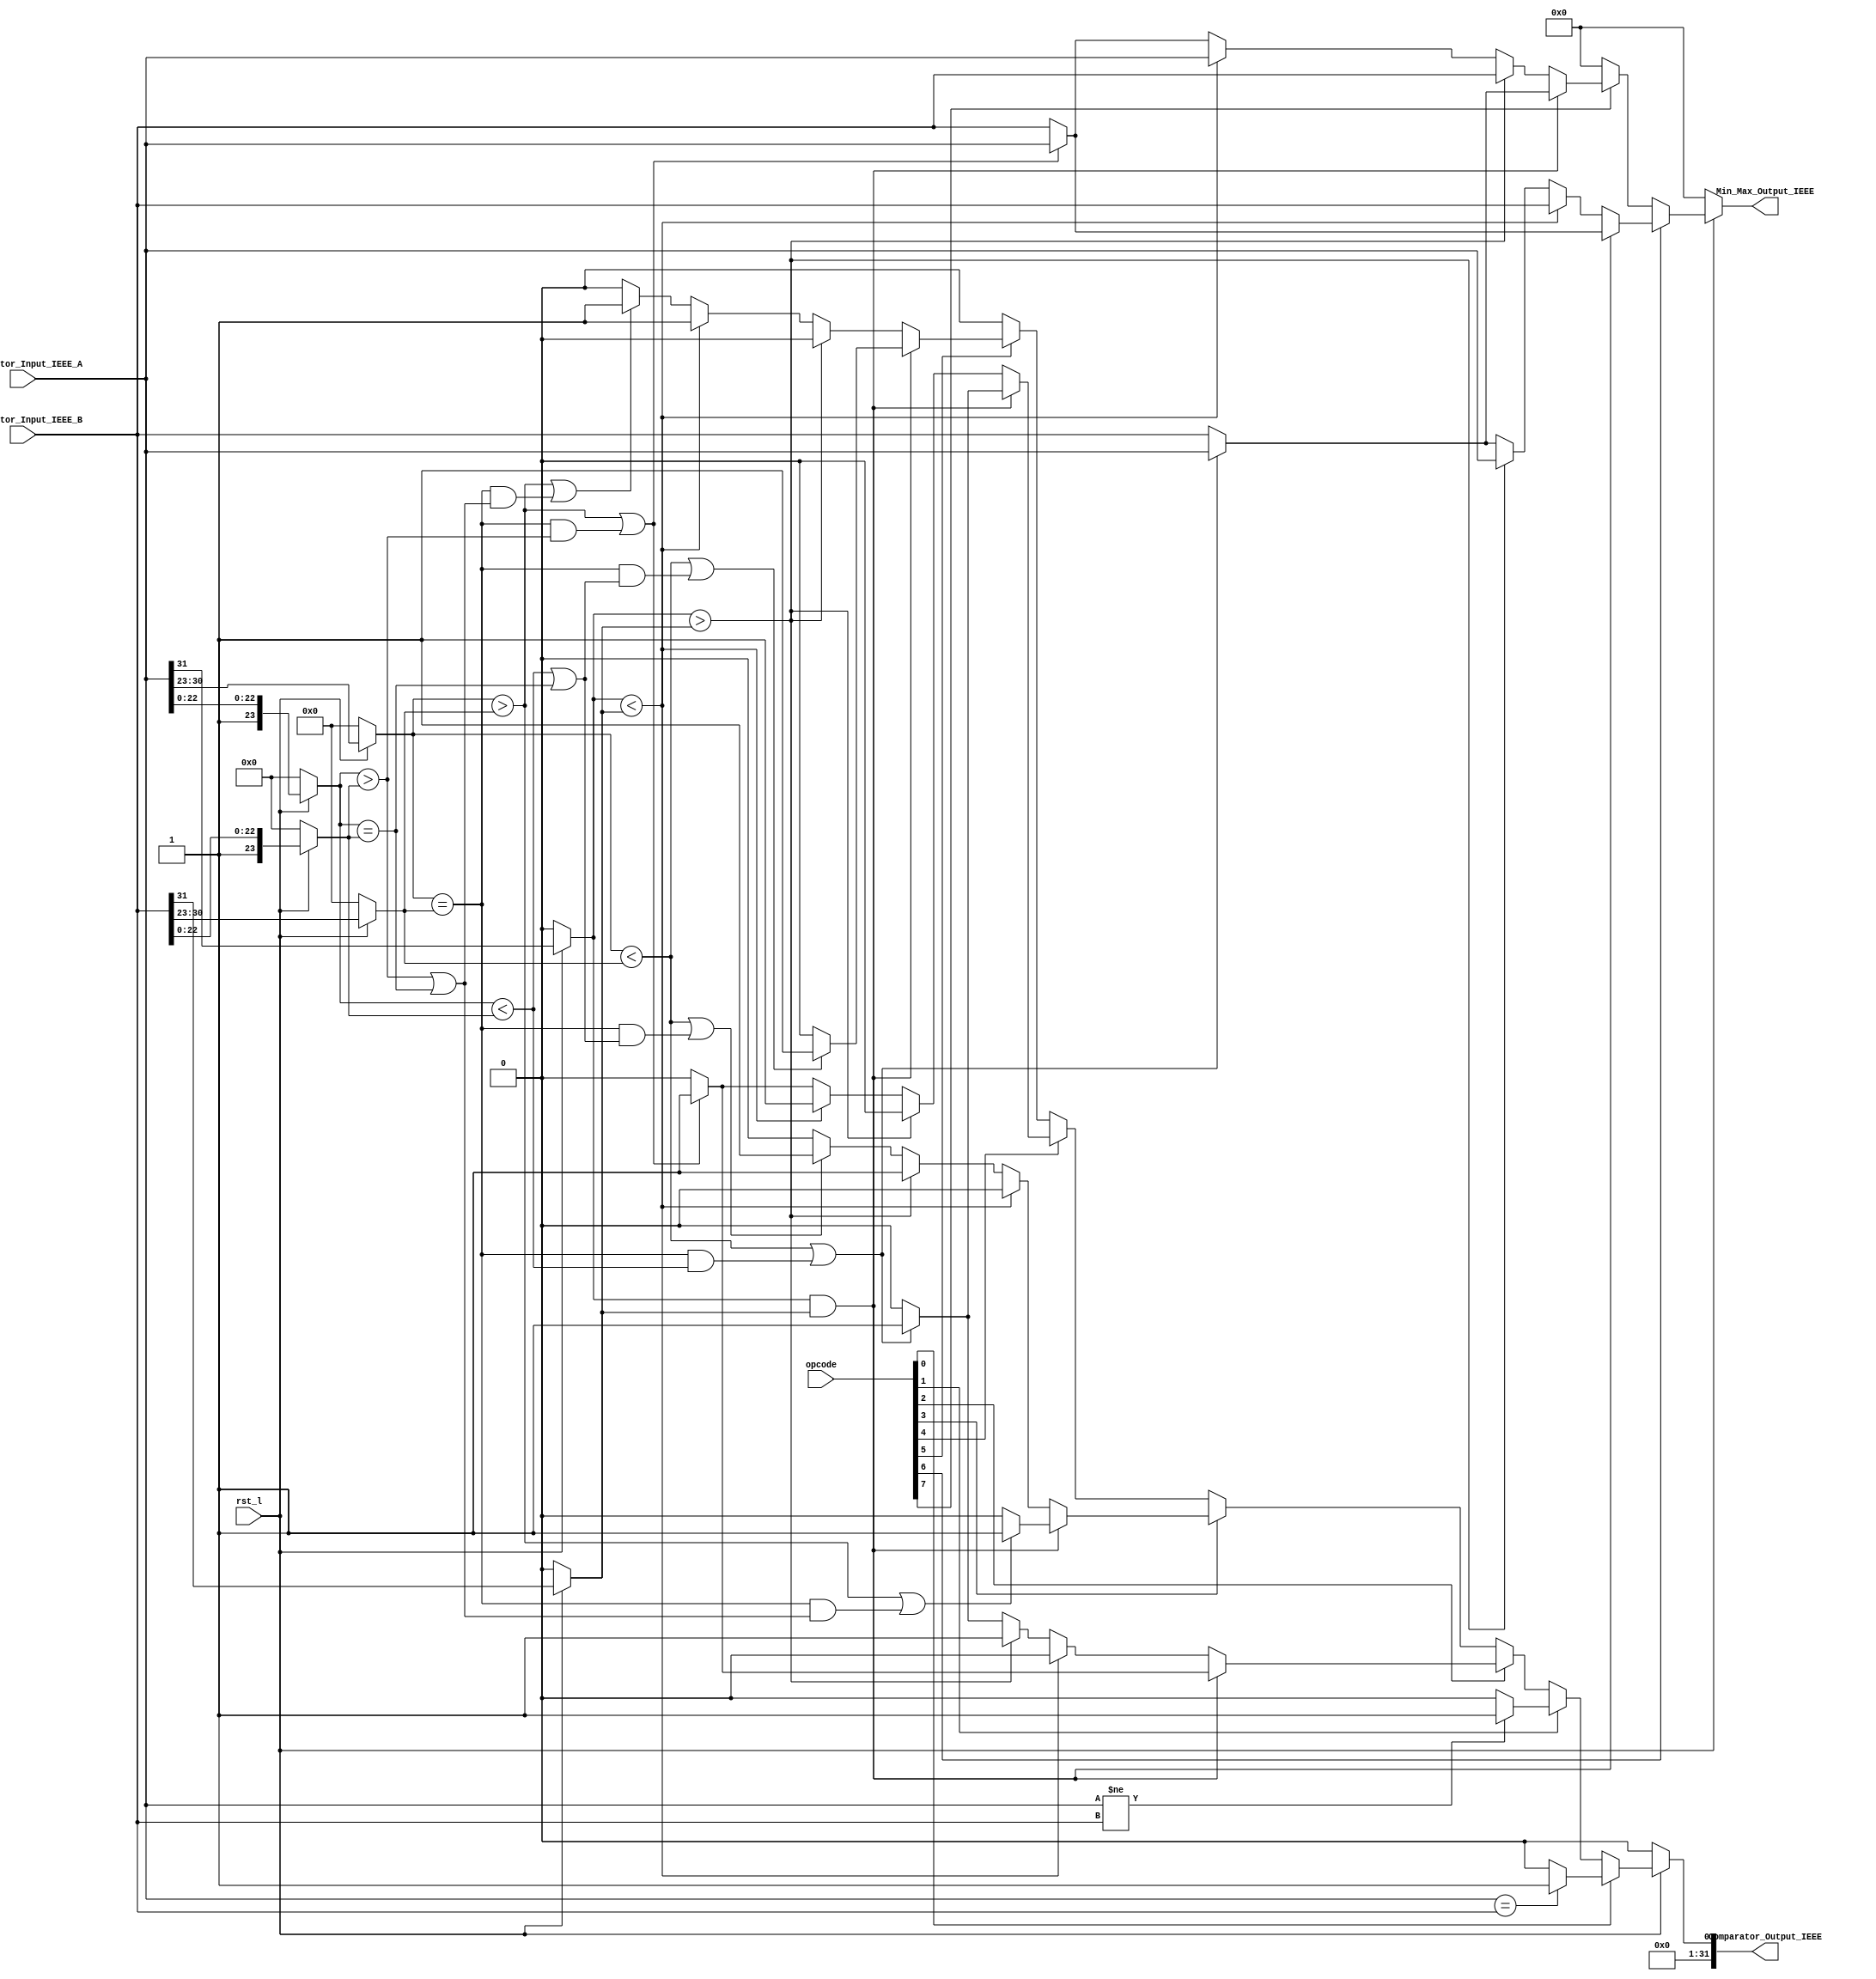
// Copyright 2023 MERL-DSU

// Licensed under the Apache License, Version 2.0 (the "License"); you may not use 
// this file except in compliance with the License. You may obtain a copy of the License at

//   http://www.apache.org/licenses/LICENSE-2.0

// Unless required by applicable law or agreed to in writing, software distributed under the 
// License is distributed on an "AS IS" BASIS, WITHOUT WARRANTIES OR CONDITIONS OF ANY KIND, 
// either express or implied. See the License for the specific language governing permissions 

module FPU_Comparison(rst_l,opcode,Comparator_Input_IEEE_A,Comparator_Input_IEEE_B,Comparator_Output_IEEE,Min_Max_Output_IEEE);
  //Standard Defination For Parameterization
  
  parameter Std = 31; // Means IEEE754 Std 32 Bit Single Precision -1 for bits
  parameter Exp = 7; // Means IEEE754 8 Bit For Exponents in Single Precision -1 for bits
  parameter Man = 22; // Means IEEE754 23 Bit For Mantissa in Single Precision -1 for bits
  
  input [Std : 0] Comparator_Input_IEEE_A, Comparator_Input_IEEE_B; // Std + 1 is for IEEE754 Hidden Bit inclusion
  input [7:0]opcode;// opcode for selections
  input rst_l;
  output [31 : 0] Comparator_Output_IEEE;
  output[Std:0] Min_Max_Output_IEEE;
  
  reg [31 : 0] Comparator_Output_IEEE_reg;
  reg [Std:0] Min_Max_Output_IEEE_reg;
  wire Comparator_Sign_A, Comparator_Sign_B;
  wire [Exp : 0] Comparator_Exp_A, Comparator_Exp_B;
  wire [Man + 1 : 0] Comparator_Mantissa_A, Comparator_Mantissa_B;
  
  
  //==========OPCODES============
  // opcode [0] = feq
  // opcode [1] = fne
  // opcode [2] = flt
  // opcode [3] = fle
  // opcode [4] = fgt
  // opcode [5] = fge
  // opcode [6] = fmin
  // opcode [7] = fmax
  
 //============INPUTS=============
 // Comparator_Input_IEEE_A 
 // Comparator_Input_IEEE_B
 
 //============OUTPUTS============
 // Comparator_Output_IEEE 
 // Min_Max_Output_IEEE
  
 //=================FLAGS========= 
 // INVALID FLAG (NV)
  
    assign Comparator_Sign_A = (rst_l) ? Comparator_Input_IEEE_A[Std] : 1'b0; // Sign Bit Assigning Std + 1 Because it contain IEEE754 hidden bit also
    assign Comparator_Sign_B = (rst_l) ? Comparator_Input_IEEE_B[Std] : 1'b0; // Sign Bit Assigning Std + 1 Because it contain IEEE754 hidden bit also
    assign Comparator_Exp_A = (rst_l) ? Comparator_Input_IEEE_A[Std - 1 : Std - Exp - 1] : {1'b0,{Exp{1'b0}}};
    assign Comparator_Exp_B = (rst_l) ? Comparator_Input_IEEE_B[Std - 1 : Std - Exp - 1] : {1'b0,{Exp{1'b0}}};
    assign Comparator_Mantissa_A = (rst_l) ? {1'b1,Comparator_Input_IEEE_A[Man : 0]} : {1'b0,{Man+1{1'b0}}};
    assign Comparator_Mantissa_B = (rst_l) ? {1'b1,Comparator_Input_IEEE_B[Man : 0]} : {1'b0,{Man+1{1'b0}}};
    
    assign Comparator_Output_IEEE = (rst_l==1'b0) ? 32'h00000000 : (opcode[0] == 1'b1) ? ((Comparator_Input_IEEE_A == Comparator_Input_IEEE_B) ? 32'h00000001 : 32'h00000000) : // Equal
                                                                   (opcode[1] == 1'b1) ? ((Comparator_Input_IEEE_A != Comparator_Input_IEEE_B) ? 32'h00000001 : 32'h00000000) : // Not Equal
                                                                   
                                                                   (opcode[2] == 1'b1) ? (((Comparator_Sign_A & Comparator_Sign_B) ? (((Comparator_Exp_A > Comparator_Exp_B) | ((Comparator_Exp_A == Comparator_Exp_B) & (Comparator_Mantissa_A > Comparator_Mantissa_B))) ? 32'h00000001 : 32'h00000000) : (Comparator_Sign_A < Comparator_Sign_B) ? 32'h00000000 : (Comparator_Sign_A > Comparator_Sign_B) ? 32'h00000001 : (((Comparator_Exp_A < Comparator_Exp_B) | ((Comparator_Exp_A == Comparator_Exp_B) & (Comparator_Mantissa_A < Comparator_Mantissa_B))) ? 32'h00000001 : 32'h00000000))) : // less than
                                                                   
                                                                   (opcode[3] == 1'b1) ? (((Comparator_Sign_A & Comparator_Sign_B) ? (((Comparator_Exp_A > Comparator_Exp_B) | ((Comparator_Exp_A == Comparator_Exp_B) & ((Comparator_Mantissa_A > Comparator_Mantissa_B) | (Comparator_Mantissa_A == Comparator_Mantissa_B)))) ? 32'h00000001 : 32'h00000000) : (Comparator_Sign_A < Comparator_Sign_B) ? 32'h00000000 : (Comparator_Sign_A > Comparator_Sign_B) ? 32'h00000001 : (((Comparator_Exp_A < Comparator_Exp_B) | ((Comparator_Exp_A == Comparator_Exp_B) && ((Comparator_Mantissa_A < Comparator_Mantissa_B) | (Comparator_Mantissa_A == Comparator_Mantissa_B)))) ? 32'h00000001 : 32'h00000000))) : // less and equal 
                                                                   
                                                                   (opcode[4] == 1'b1) ? (((Comparator_Sign_A & Comparator_Sign_B) ? (((Comparator_Exp_A < Comparator_Exp_B) | ((Comparator_Exp_A == Comparator_Exp_B) & (Comparator_Mantissa_A < Comparator_Mantissa_B))) ? 32'h00000001 : 32'h00000000) : (Comparator_Sign_A > Comparator_Sign_B) ? 32'h00000000 : (Comparator_Sign_A < Comparator_Sign_B) ? 32'h00000001 : (((Comparator_Exp_A > Comparator_Exp_B) | ((Comparator_Exp_A == Comparator_Exp_B) & (Comparator_Mantissa_A > Comparator_Mantissa_B))) ? 32'h00000001 : 32'h00000000))) : // greater than
                                                                   
                                                                   (opcode[5] == 1'b1) ? (((Comparator_Sign_A & Comparator_Sign_B) ? (((Comparator_Exp_A < Comparator_Exp_B) | ((Comparator_Exp_A == Comparator_Exp_B) & ((Comparator_Mantissa_A < Comparator_Mantissa_B) | (Comparator_Mantissa_A == Comparator_Mantissa_B)))) ? 32'h00000001 : 32'h00000000) : (Comparator_Sign_A > Comparator_Sign_B) ? 32'h00000000 : (Comparator_Sign_A < Comparator_Sign_B) ? 32'h00000001 : (((Comparator_Exp_A > Comparator_Exp_B) | ((Comparator_Exp_A == Comparator_Exp_B) && ((Comparator_Mantissa_A > Comparator_Mantissa_B) | (Comparator_Mantissa_A == Comparator_Mantissa_B)))) ? 32'h00000001 : 32'h00000000))) : // greater and equal
                                                                   
                                                                   32'h00000000;
    
    assign Min_Max_Output_IEEE    = (rst_l==1'b0) ? {Std+1{1'b0}} : (opcode[6] == 1'b1) ? (((Comparator_Sign_A & Comparator_Sign_B) ? (((Comparator_Exp_A > Comparator_Exp_B) | ((Comparator_Exp_A == Comparator_Exp_B) & (Comparator_Mantissa_A > Comparator_Mantissa_B))) ? Comparator_Input_IEEE_A : Comparator_Input_IEEE_B) : (Comparator_Sign_A < Comparator_Sign_B) ? Comparator_Input_IEEE_B : (Comparator_Sign_A > Comparator_Sign_B) ? Comparator_Input_IEEE_A : (((Comparator_Exp_A < Comparator_Exp_B) | ((Comparator_Exp_A == Comparator_Exp_B) & (Comparator_Mantissa_A < Comparator_Mantissa_B))) ? Comparator_Input_IEEE_A : Comparator_Input_IEEE_B))) : // Fmin 
                                                   		     (opcode[7] == 1'b1) ? (((Comparator_Sign_A & Comparator_Sign_B) ? (((Comparator_Exp_A < Comparator_Exp_B) | ((Comparator_Exp_A == Comparator_Exp_B) & (Comparator_Mantissa_A < Comparator_Mantissa_B))) ? Comparator_Input_IEEE_A : Comparator_Input_IEEE_B) : (Comparator_Sign_A > Comparator_Sign_B) ? Comparator_Input_IEEE_B : (Comparator_Sign_A < Comparator_Sign_B) ? Comparator_Input_IEEE_A : (((Comparator_Exp_A > Comparator_Exp_B) | ((Comparator_Exp_A == Comparator_Exp_B) & (Comparator_Mantissa_A > Comparator_Mantissa_B))) ? Comparator_Input_IEEE_A : Comparator_Input_IEEE_B))) : // Fmax
                                                   		     {Std+1{1'b0}};


endmodule